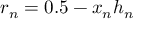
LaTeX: r _ { n } = 0 . 5 - x _ { n } h _ { n }